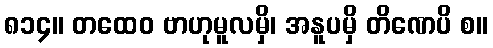
၈၁၄။ တထေဝ ဗာဟုမူလမှိ၊ အနူပမှိ တိဏေပိ စ။